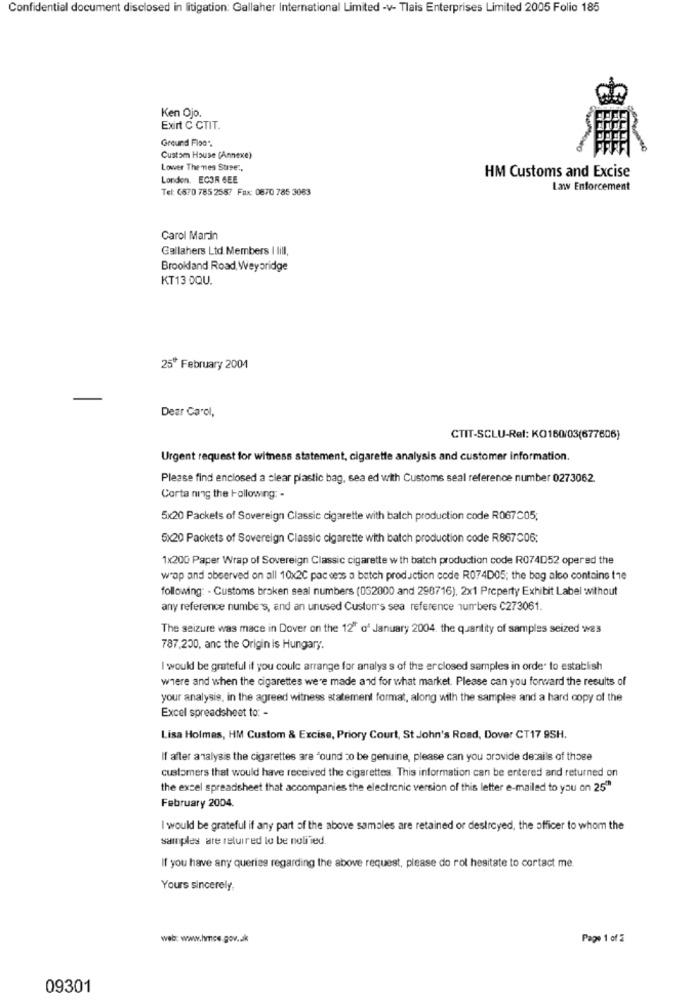
Confidential document disclosed in litigation: Gallaher International Limited -v- Tlais Enterprises Limited 2005 Folio 185
Ken Ojo.
Exirt C CTIT.
Ground Fise".
Custom House (Annexe)
Lower The mes Suse :,
HM Customs and Excise
Londen. ECOR GEE
Tel: 6670 785 2587 Fax: 06/0 785 3063
Law Enforcement
Carol Marin
Gallahers Ltd.Members I lill,
Brookand Road Weybridge
KT13 DQU.
25º February 2004
Dear Carol,
CTIT-SCLU-Ref: KO160/03(677606)
Urgent request for witness statement, cigarette analysis and customer information.
Please find enclosed a clear plastic bag, sea ed with Customs seal reference number 0273062.
Corta ning the Following: -
5x20 Packets of Sovereign Classic cigarette with batch production code R067C05;
5x20 Packets of Sovereign Classic cigarette with batch production code R867006:
1x200 Paper Wrap of Sovereign Classic cigarette w th batch production code R074052 opered the
wrap and abeerved on all 10x2C pac cess a batch production code R074D05; the bag alco contains the
following: - Customs broken seal numbers (052000 and 298716), 2x1 Property Exhibit Label without
any reference number's, and an unused Custom's sea reference numbers C273061.
The seizure was mace in Dover on the 12" of January 2004. the quantity of samples seized was
787,200, anc the Origin is Hungary.
I would be grateful if you could arrange for analys s of the erclosed samples in order to establish
where and when the cigarettes were made and for what market. Please can you forward the results of
your analysis, in the agreed witness statement format, along with the samples and a hard copy of the
Excel spreadsheet to: -
Lisa Holmes, HM Custom & Excise, Priory Court, St John's Road, Dover CT17 95H.
If after analysis the cigarettes are "ound co be genuine, please can you provide details of those
customers that would have received the cigarettes. This information can be entered and returned on
the excel spreadsheet that accompanies the electronic version of this letter e-mailed to you on 25"
February 2004.
I would be grateful if any part of the above samales are retained or destroyed, the officer to whom the
samples are returred lo be notified.
If you have any queries regarding the above request, please do rol hesitate to contact me.
Yours sincerely
web: www.hmce.gov.uk
Page 1 of 2
09301